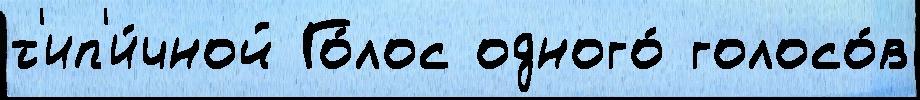
т'ип'и́чной Го́лос одного́ голосо́в